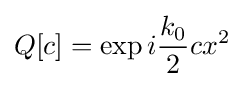
Q[c]=\exp i{\frac {k_{0}}{2}}cx^{2}